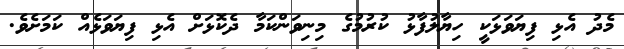
މެދު އެޅި ފިޔަވަޅަކީ ހިޔާލުފާޅު ކުރުމުގެ މިނިވަންކަމާ ދެކޮޅަށް އެޅި ފިޔަވަޅެއް ކަމަށެވެ.